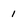
Character: 1